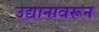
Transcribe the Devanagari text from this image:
उद्यानावरून